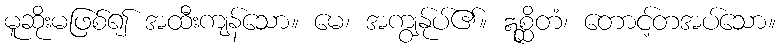
မူဆိုးမဖြစ်၍ အထီးကျန်သော။ မေ၊ အကျွန်ုပ်၏။ ဣစ္ဆိတံ၊ တောင့်တအပ်သော။